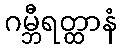
ဂမ္ဘီရတ္ထာနံ